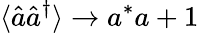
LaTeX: \langle\hat{a}\hat{a}^{\dagger}\rangle\rightarrow a^{\ast}a+1